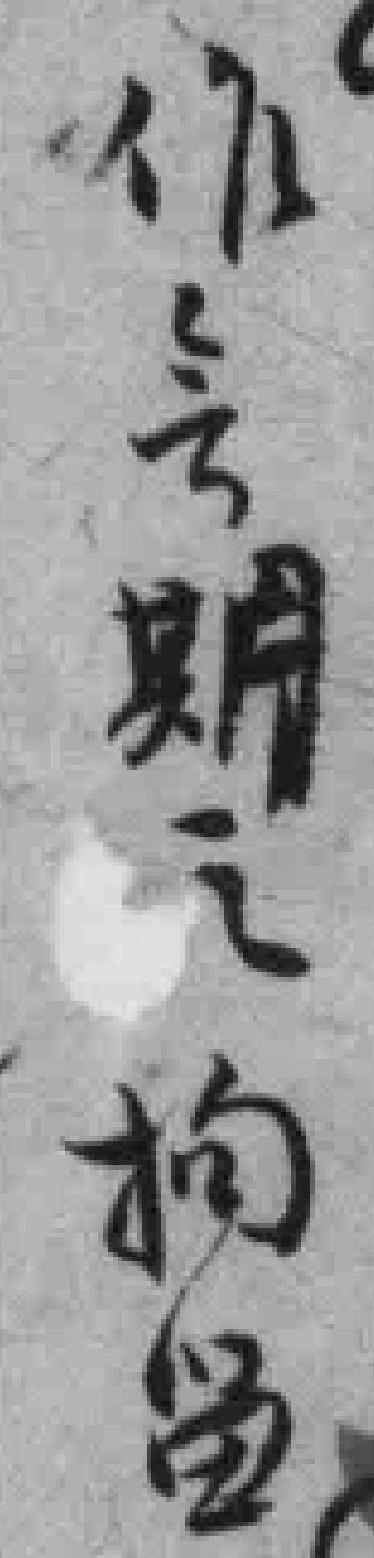
作会期之拘畄